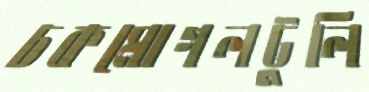
চকমোগলটুলি